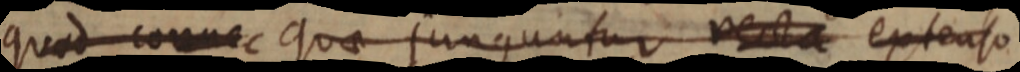
quod connec quae junguntur recta extenso